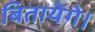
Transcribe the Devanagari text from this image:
बितायेंगे।